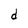
Character: d